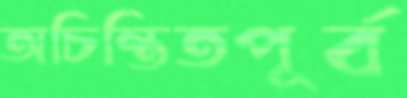
অচিন্তিতপূর্ব